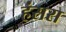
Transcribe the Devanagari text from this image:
हंसरा